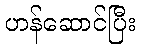
ဟန်ဆောင်ပြီး